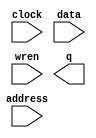
module colorRam (
	address,
	clock,
	data,
	wren,
	q);

	input	[14:0]  address;
	input	  clock;
	input	[2:0]  data;
	input	  wren;
	output	[2:0]  q;
`ifndef ALTERA_RESERVED_QIS
// synopsys translate_off
`endif
	tri1	  clock;
`ifndef ALTERA_RESERVED_QIS
// synopsys translate_on
`endif

endmodule